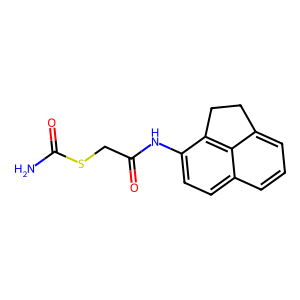
SMILES: NC(=O)SCC(=O)Nc1ccc2cccc3c2c1CC3
Inhibits HIV replication: No